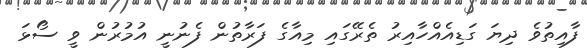
ފާއިތުވެ ދިޔަ ގަޑިއެއްހާއިރު ތެރޭގައި މިއާގެ ފަރާތުން ފެނުނީ އުމުރުން ވީ ސޯޅަ